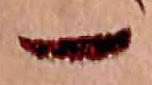
一